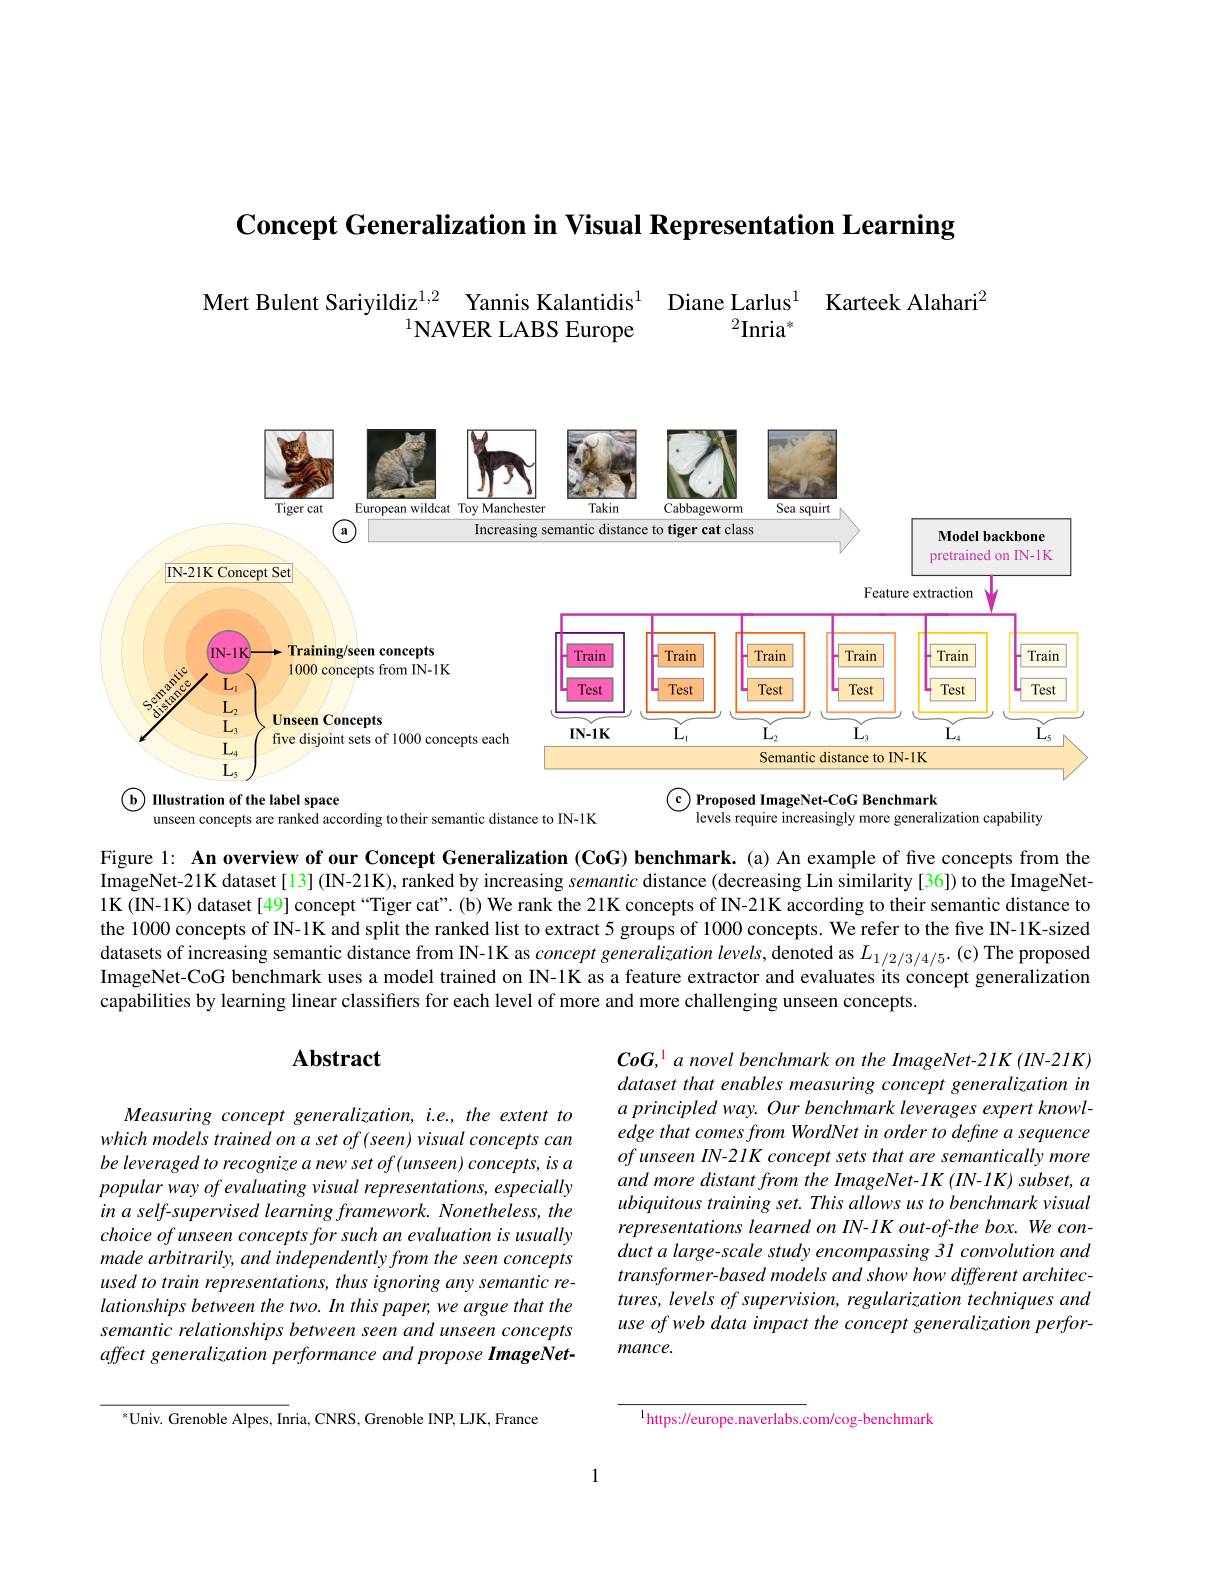
Concept Generalization in Visual Representation Learning

Mert Bulent Sariyildiz$_{\text{l}^1,\text{NAVER LABS Europe}^1}$ Diane Larlus$^1$ Karteek Alahari

<FigureHere>

$\textcircled{c}\underline{Proposed ImageNet-CoG Benchmark}$
$\textcircled{\mathrm{b}}$ IIustration of the label space

levels require increasingly more generalization capability

unseen concepts are ranked according to their semantic distance to IN-1K

Figure 1: An overview of our Concept Generalization (CoG) benchmark. (a) An example of five concepts from the ImageNet-21K dataset[13] (IN-21K), ranked by increasing semantic distance (decreasing Lin similarity [36]) to the ImageNet- 1K (IN-1K) dataset [49] concept “Tiger cat”. (b) We rank the 21K concepts of IN-21K according to their semantic distance to the 1000 concepts of IN-1K and split the ranked list to extract 5 groups of 1000 concepts. We refer to the five IN-1K-sized datasets of increasing semantic distance from IN-1K as concept generalization levels, denoted as $L_{1/2/3/4/5}.$ (c) The proposed ImageNet-CoG benchmark uses a model trained on IN-1K as a feature extractor and evaluates its concept generalization capabilities by learning linear classifiers for each level of more and more challenging unseen concepts.

## $\mathbf{Abstract}$

CoG, 1 a novel benchmark on the ImageNet-21K (IIN-2IK) dataset that enables measuring concept generalization in a principled way. Our benchmark leverages expert knowledge that comes from WordNet in order to define a sequence of unseen IN-2 IK concept sets that are semantically more and more distant from the ImageNet- IK (IN-1K) subset, a ubiquitous training set. This allows us to benchmark visual representations learned on IN-1K out-of-the box. We conduct a large-scale study encompassing 31 convolution and transformer-based models and show how different architectures, levels of supervision, regularization techniques and use of web data impact the concept generalization performance.

Measuring concept generalization, i.e., the extent to which models trained on a set of (seen) visual concepts can be leveraged to recognize a new set of (unseen) concepts, is a popular way of evaluating visual representations, especially in a self-supervised learning framework. Nonetheless, the choice of unseen concepts for such an evaluation is usually made arbitrarily, and independently from the seen concepts used to train representations, thus ignoring any semantic relationships between the two. In this paper, we argue that the semantic relationships between seen and unseen concepts affect generalization performance and propose ImageNet-

$^{*}$Univ. Grenoble Alpes, Inria, CNRS, Grenoble INP, LJK, France

$^{1}$https://europe.naverlabs.com/cog-benchmark